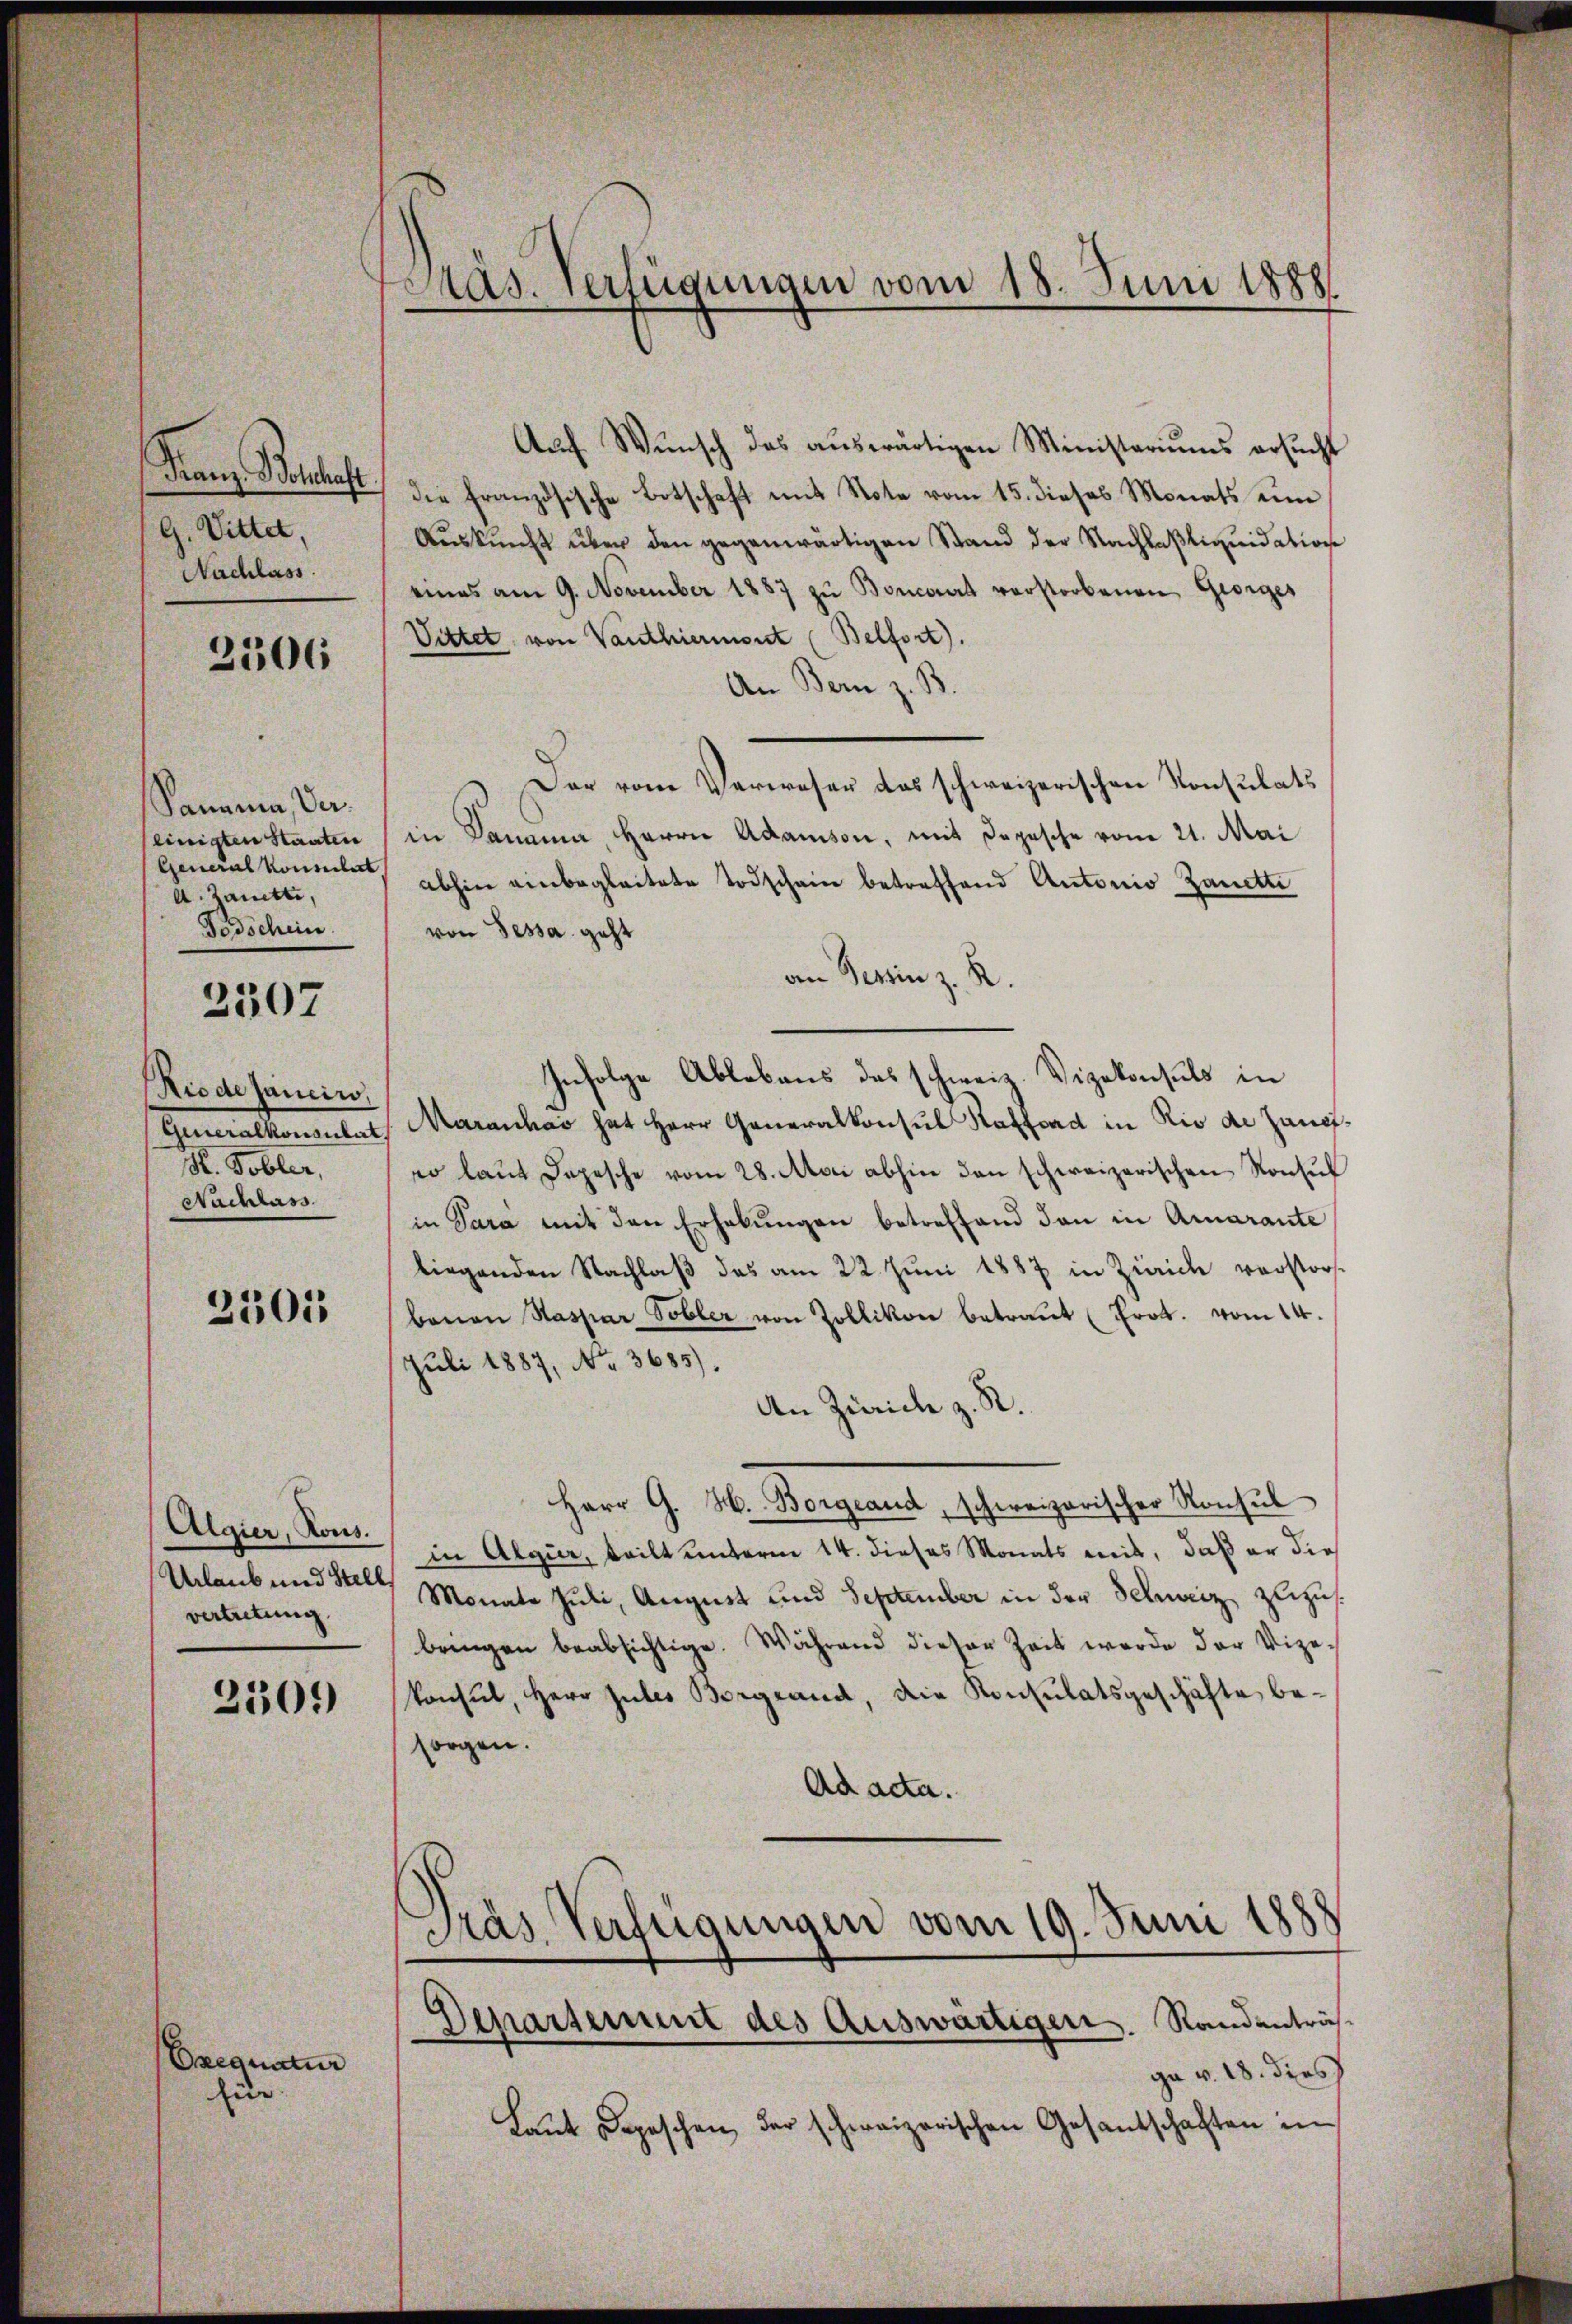
Franz Boschaft.
G. Vittet,
Nachlass

2506

Sanna, Vaeinigten Staaten
General Konsulat,
A. Zanetti,
Todschein.

2307

Riode sancir.
Generalkonsulat
R. Tobler,
Nachlass

2505

Algier, Kons.
Urlaub und Stell
vertretung

2309

Orequatur
für.

Pas. Verfügungen vom 18. Juni 1888.

Aŭf Wŭnsch das aŭswärtigen Ministeriums ersŭcht
die französische Botschaft mit Note vom 15. dieses Monats um
Auskunft über den gegenwärtigen Stand der Nachlaßliquidation
eines am 9. November 1887 zu Boncorat verstorbenen Georges
Vittet, von Vanthiermont (Belfort).
An Bern z. B.
Der vom Verweser das schweizerischen Konsulats
in Damama, Herrn Adamson, mit Depesche vom 21. Mai
abhin einbegleitete Todschein betreffend Antonio Zanette
von Sessa geht
an Tessin z. R.
Infolge Ablebens des schweiz. Vizekonsuls in
MMaranhar hat Herr Generalkonsul Kaffend in Rio de Zangso laŭt Depesche vom 28. Mai abhin den schweizerischen Konsŭl
in Sara mit den Erhebungen betreffend den in Amarante
liegenden Nachlaß das am 22. Juni 1887 in Zürich verstorfbanen Kaspar Tobler von Zollikon betraŭt (Prot. vom 14.
Juli 1887, No. 3685).
An Zürich z. R.
Herr G. H. Borgeand, schweizerischer Konsul
in Algur, teilt unterm 14. dieses Monats mit, daß er die
Monate Juli, August und September in der Schweiz zuzusbringen beabsichtige. Während dieser Zeit werde der Vizekonsul, Herr Gutes Bergrand, die Konsulatsgeschäfte besorgen.
Ad acta.
Präs. Verfügungen vom 19. Juni 1888

Departement des Auswärtigen. Randanträs¬

ga v. 18. dies
Laŭt Depeschen der schweizerischen Gesandschaften in